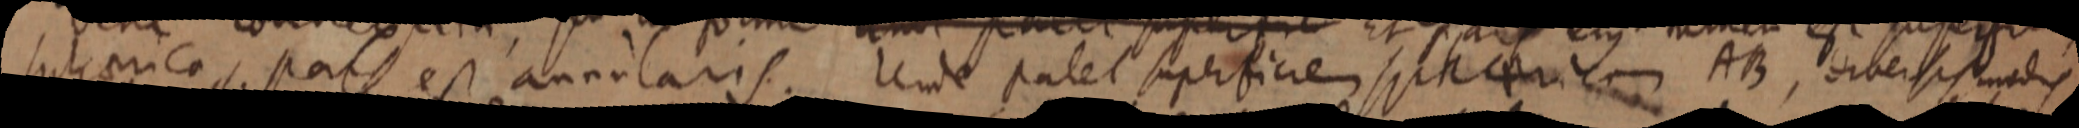
sphaerica, pars est annularis. Unde patet superficiem sphaerica AB, diversis modo